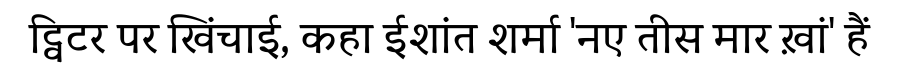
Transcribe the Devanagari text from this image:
ट्विटर पर खिंचाई, कहा ईशांत शर्मा 'नए तीस मार ख़ां' हैं